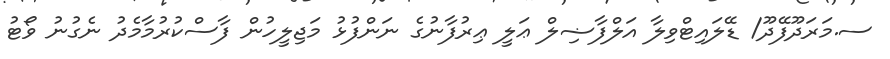
ސ.މަރަދޫފޭދޫ/ ޑޭލައިޓްވިލާ އަލްފާޟިލް ޢަލީ ޢިރުފާނުގެ ނަންފުޅު މަޖިލީހުން ފާސްކުރުމާމެދު ނެގުނު ވޯޓު